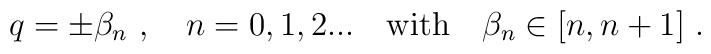
q=\pm \beta_n \ , \quad n=0,1,2... \quad {\rm with} \quad \beta_n \in [n,n+1]\ .